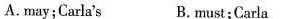
A. may;Carla's B.must;Carla